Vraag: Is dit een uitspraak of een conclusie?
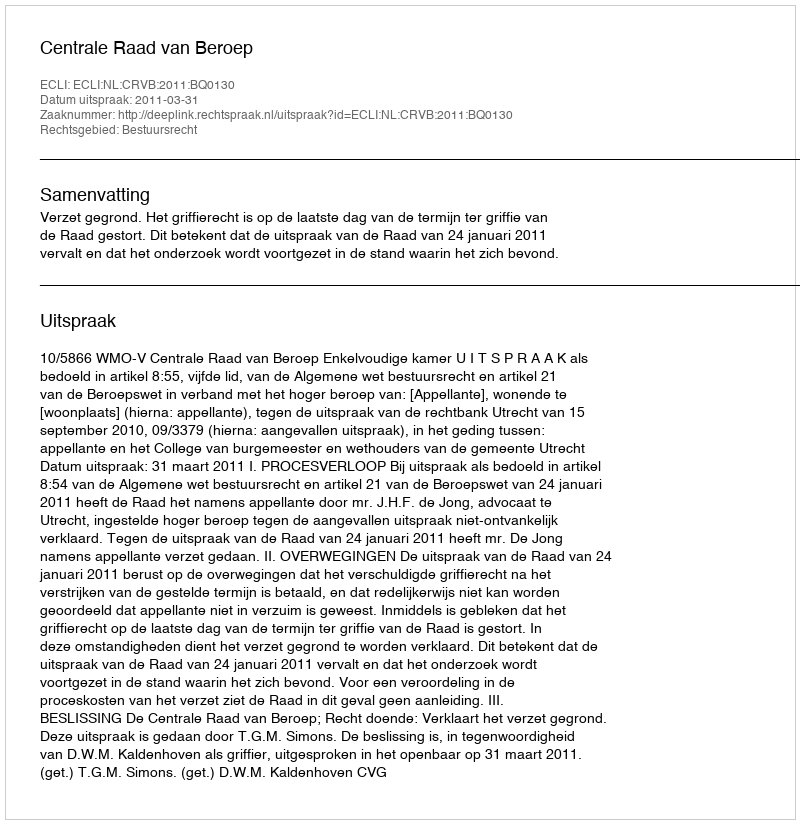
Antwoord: Uitspraak